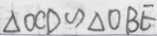
\Delta O C D \sim \Delta O B E